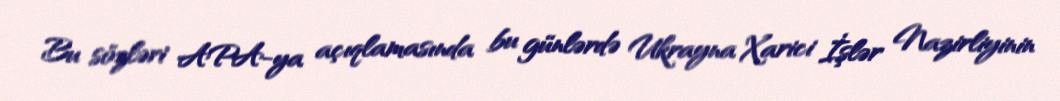
Bu sözləri APA-ya açıqlamasında bu günlərdə Ukrayna Xarici İşlər Nazirliyinin